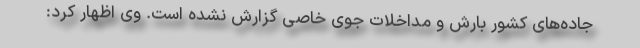
جاده‌‌های کشور بارش و مداخلات جوی خاصی گزارش نشده است. وی اظهار کرد: